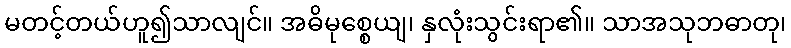
မတင့်တယ်ဟူ၍သာလျင်။ အဓိမုစ္စေယျ၊ နှလုံးသွင်းရာ၏။ သာအသုဘဓာတု၊